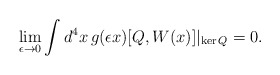
\begin{align*}\lim_{\epsilon\to 0}\int d^4x\,g(\epsilon x)[Q,W(x)]\vert_{\mathrm{ker}\,Q}=0. \end{align*}